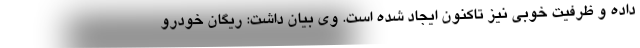
داده و ظرفیت خوبی نیز تاکنون ایجاد شده است. وی بیان داشت: ریگان خودرو